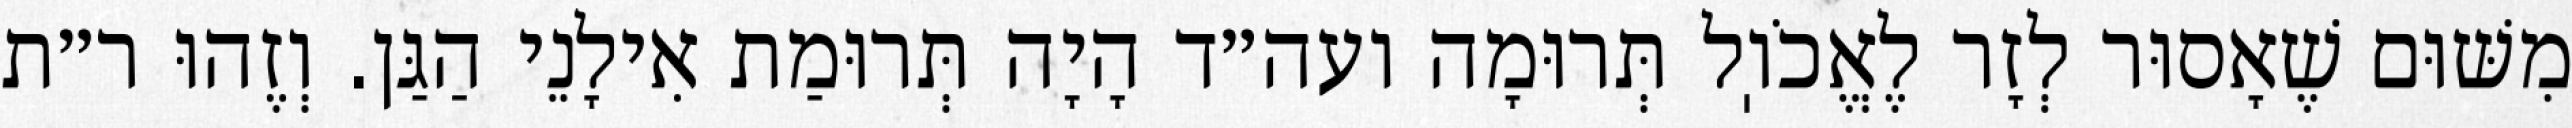
מִשּׁוּם שֶׁאָסוּר לְזָר לֶאֱכֹוֽל תְּרוּמָה ועה״ד הָיָה תְּרוּמַת אִילָנֵי הַגַּן. וְזֶהוּ ר״ת